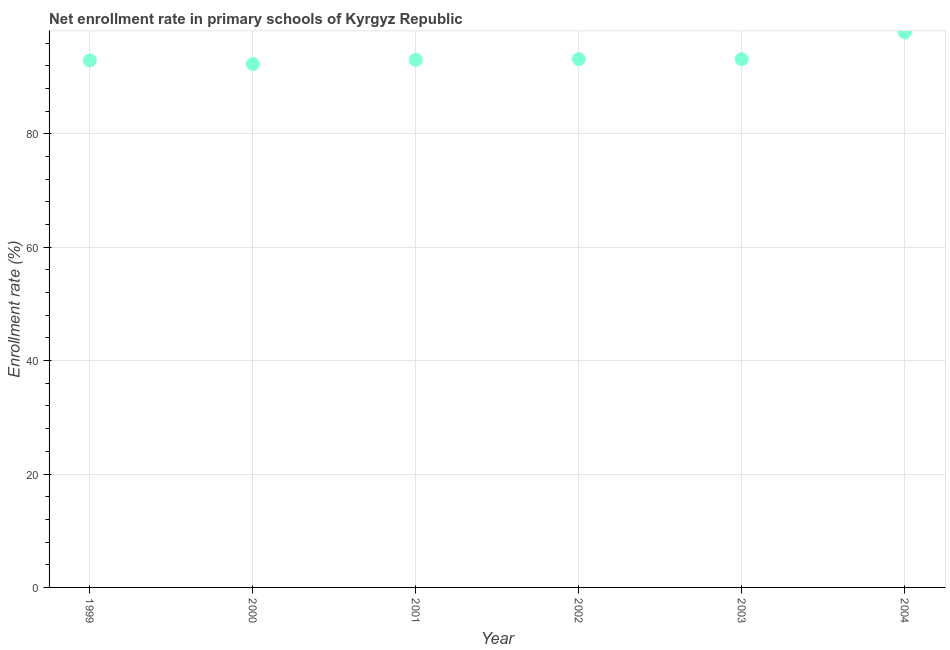
| Year | Adjusted net enrolment rate |
 | --- | --- |
 | 1999 | 92.9 |
 | 2000 | 92.3 |
 | 2001 | 93.1 |
 | 2002 | 93.2 |
 | 2003 | 93.2 |
 | 2004 | 97.9 |